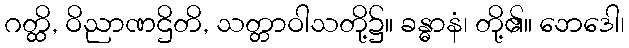
ဂတ္ထိ, ဝိညာဏဌိတိ, သတ္တာဝါသတို့၌။ ခန္ဓာနံ၊ တို့၏။ ဘေဒေါ၊